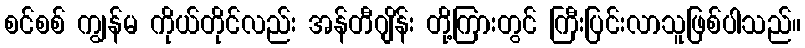
စင်စစ် ကျွန်မ ကိုယ်တိုင်လည်း အန်တီဂျိန်း တို့ကြားတွင် ကြီးပြင်းလာသူဖြစ်ပါသည်။